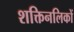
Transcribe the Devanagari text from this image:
शक्तिनलिकों